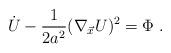
LaTeX: \begin{align*} \dot U - {1\over 2a^2}(\nabla_{\vec x}U)^2 =\Phi \ .\end{align*}